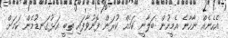
އެހެނެއް ނާހާނެ އެމީހުން ބަލާނީ ކަމެއް ކުރަން ފޮނުވާފައި ތިބީ އަޅުގަނޑުމެން ކަމަށް